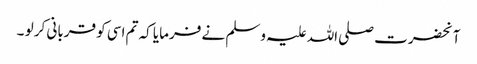
آنحضرت صلی اللہ علیہ وسلم نے فرمایا کہ تم اسی کو قربانی کر لو ۔